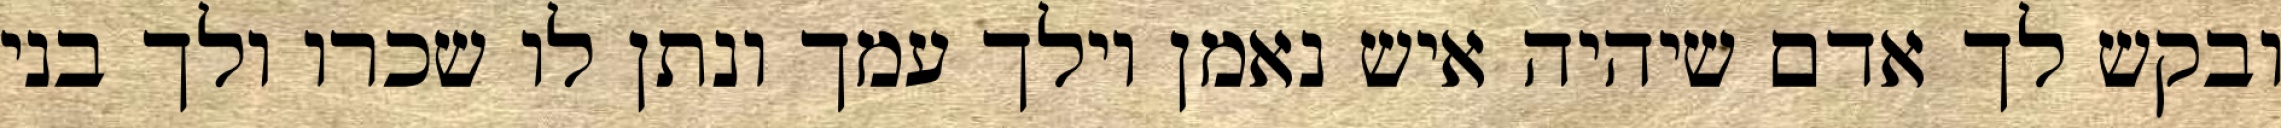
ובקש לך אדם שיהיה איש נאמן וילך עמך ונתן לו שכרו ולך בני